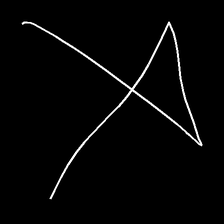
Glyph: collection